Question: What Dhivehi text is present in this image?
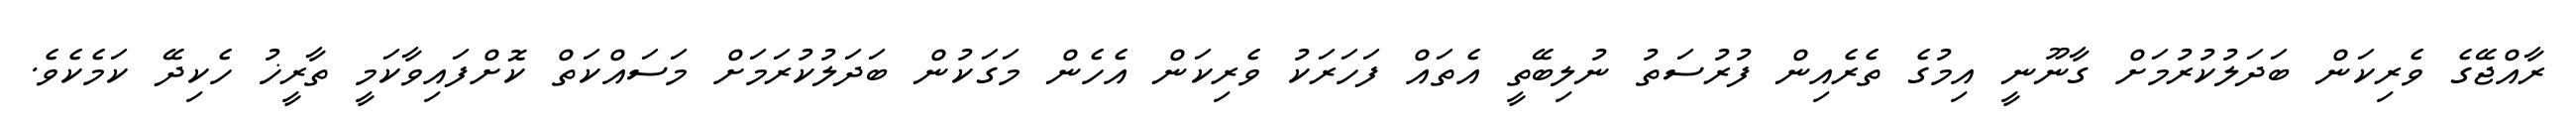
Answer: ރާއްޖޭގެ ވެރިކަން ބަދަލުކުރުމަށް ގާނޫނީ އިމުގެ ތެރެއިން ފުރުސަތު ނުލިބޭތީ އެތައް ފަހަރަކު ވެރިކަން އެހެން މަގަކުން ބަދަލުކުރަމަށް މަސައްކަތް ކޮށްފައިވާކަމީ ތާރީޚު ހެކިދޭ ކަމެކެވެ.